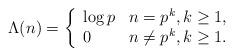
LaTeX: \begin{align*}\Lambda (n)=\left \{ \begin{array}{ll} \log p & n=p^k,k\geq 1, \\ 0 & n\neq p^k,k\geq 1. \end{array} \right .\end{align*}